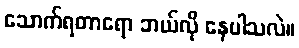
သောက်ရတာရော ဘယ်လို နေပါသလဲ။